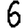
Digit: 6